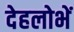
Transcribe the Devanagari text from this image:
देहलोभें